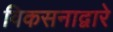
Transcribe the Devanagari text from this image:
विकसनाद्वारे